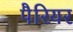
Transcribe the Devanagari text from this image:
पैरियर